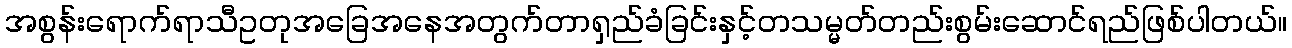
အစွန်းရောက်ရာသီဥတုအခြေအနေအတွက်တာရှည်ခံခြင်းနှင့်တသမ္မတ်တည်းစွမ်းဆောင်ရည်ဖြစ်ပါတယ်။